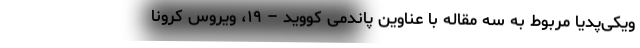
ویکی‌پدیا مربوط به سه مقاله با عناوین پاندمی کووید – ۱۹، ویروس کرونا